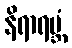
နိရာရမ္ဘံ